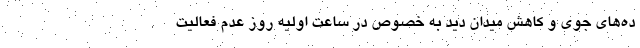
ده‌های جوی و کاهش میدان دید به خصوص در ساعت اولیه روز عدم فعالیت